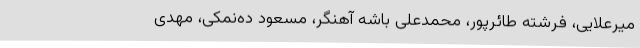
میرعلایی، فرشته طائرپور، محمدعلی باشه آهنگر، مسعود ده‌نمکی، مهدی